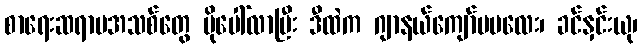
စာရေးဆရာမအသစ်တွေ ပိုပေါ်လာပြီး ဒီထဲက ဂျာနယ်ကျော်မမလေး၊ ခင်နှင်းယု၊